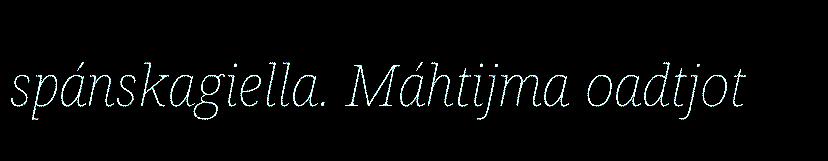
spánskagiella. Máhtijma oadtjot